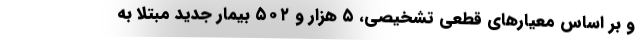
و بر اساس معیارهای قطعی تشخیصی، ۵ هزار و ۵۰۲ بیمار جدید مبتلا به